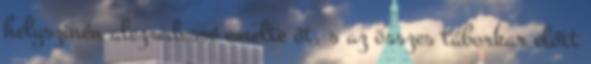
helyszinén alezredessé emelte őt, s az összes táborkar előtt